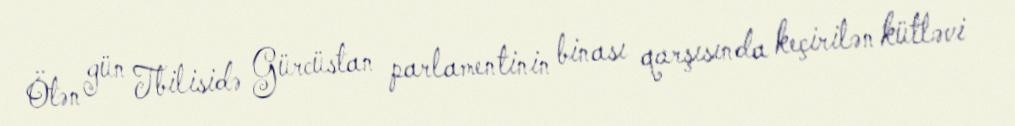
Ötən gün Tbilisidə Gürcüstan parlamentinin binası qarşısında keçirilən kütləvi